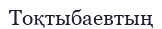
Тоқтыбаевтың